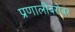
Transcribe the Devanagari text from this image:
प्रणालीबरोबर